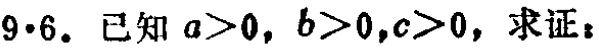
9·6. 已知 \(a > 0\)，\(b > 0\)，\(c > 0\)，求证：